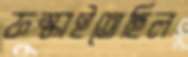
ফস্‌কাইতেছিল